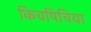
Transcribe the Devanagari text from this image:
किचपिचिया